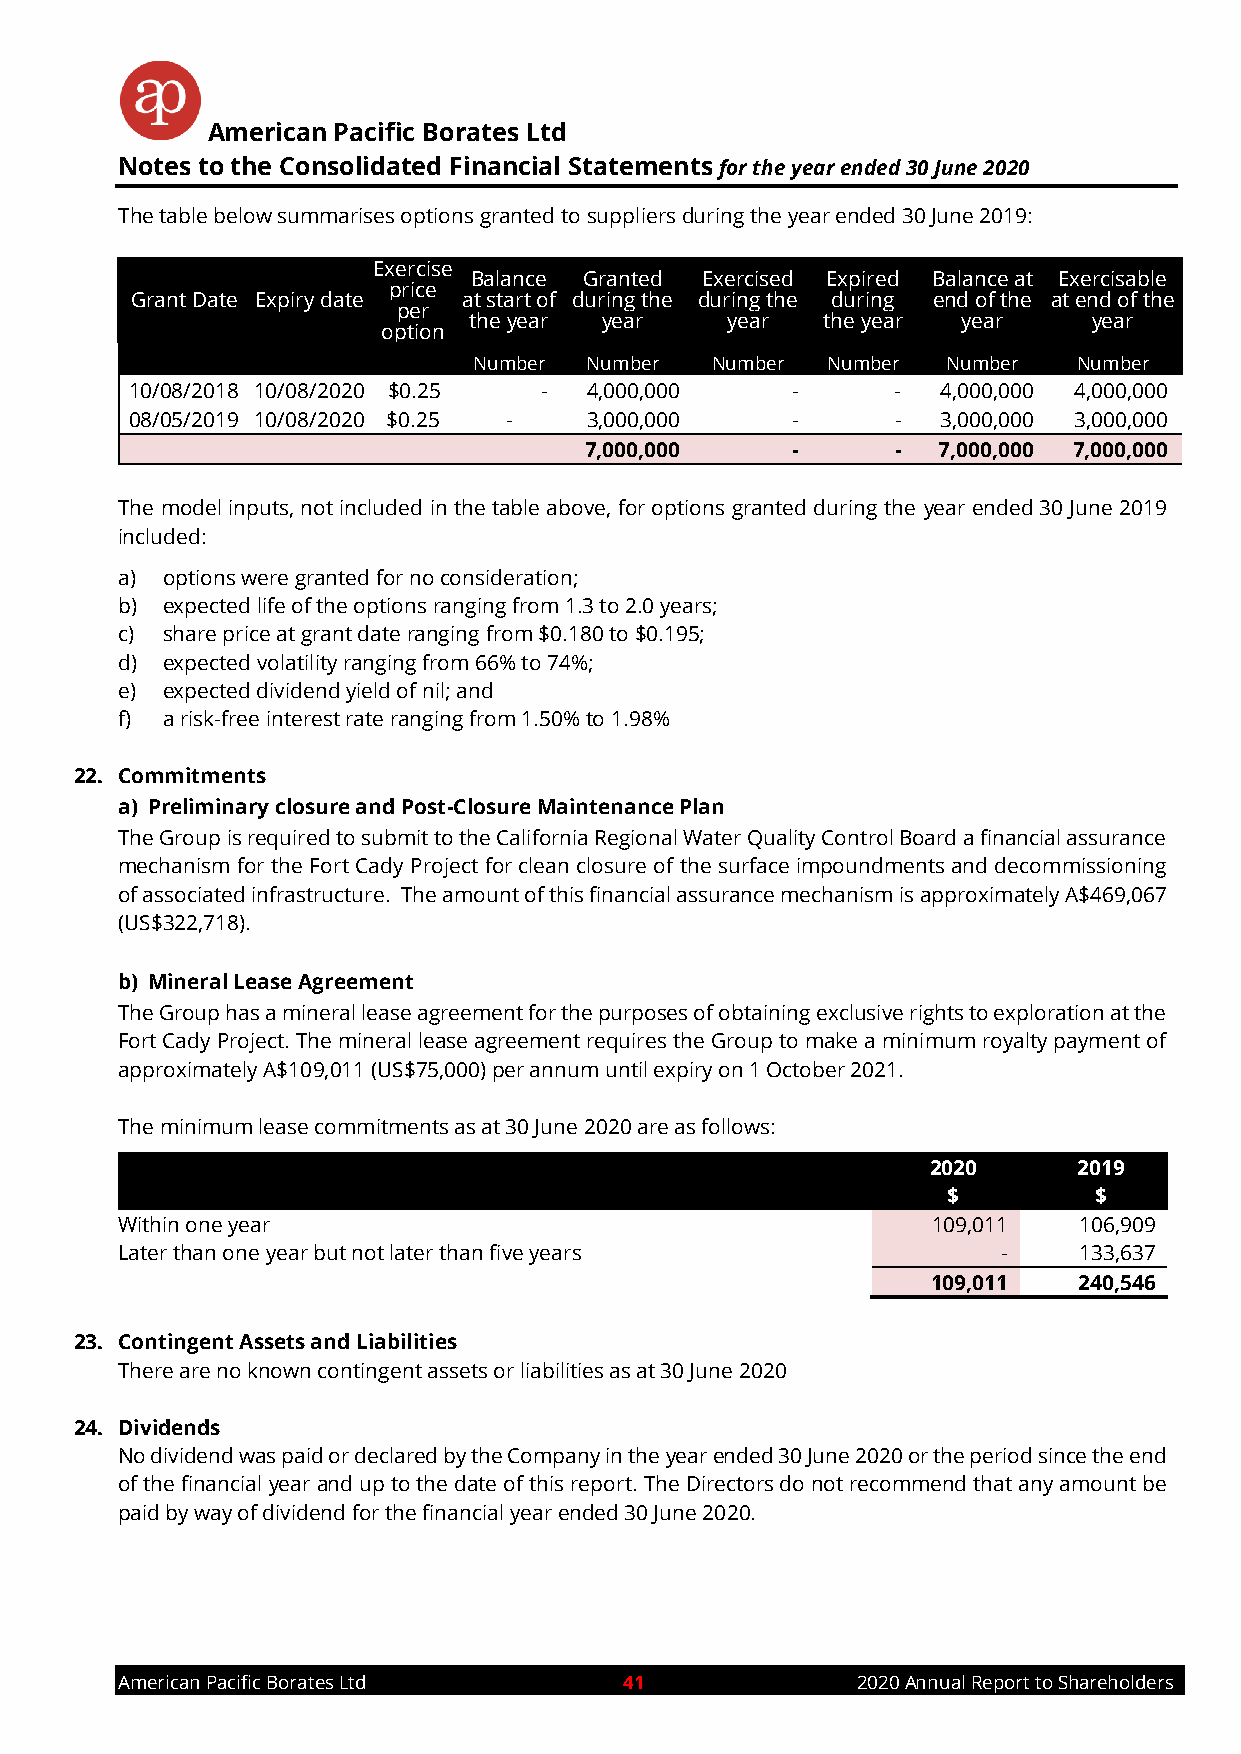
American Pacific Borates Ltd
 Notes to the Consolidated Financial Statements for the year ended 30 June 2020
 The table below summarises options granted to suppliers during the year ended 30 June 2019:
 Exercise
 Balance Granted Exercised Expired Balance at Exercisable
 price
 Grant Date Expiry date at start of during the during the during end of the at end of the
 per
 the year year    year  the year  year    year
 option
 Number  Number  Number  Number  Number  Number
 10/08/2018 10/08/2020 $0.25 - 4,000,000    -      -  4,000,000 4,000,000
 08/05/2019 10/08/2020 $0.25 - 3,000,000    -      -  3,000,000 3,000,000
 7,000,000    -      -  7,000,000 7,000,000
 The model inputs, not included in the table above, for options granted during the year ended 30 June 2019
 included:
 a) options were granted for no consideration;
 b) expected life of the options ranging from 1.3 to 2.0 years;
 c) share price at grant date ranging from $0.180 to $0.195;
 d) expected volatility ranging from 66% to 74%;
 e) expected dividend yield of nil; and
 f) a risk-free interest rate ranging from 1.50% to 1.98%
 22. Commitments
 a) Preliminary closure and Post-Closure Maintenance Plan
 The Group is required to submit to the California Regional Water Quality Control Board a financial assurance
 mechanism for the Fort Cady Project for clean closure of the surface impoundments and decommissioning
 of associated infrastructure. The amount of this financial assurance mechanism is approximately A$469,067
 (US$322,718).
 b) Mineral Lease Agreement
 The Group has a mineral lease agreement for the purposes of obtaining exclusive rights to exploration at the
 Fort Cady Project. The mineral lease agreement requires the Group to make a minimum royalty payment of
 approximately A$109,011 (US$75,000) per annum until expiry on 1 October 2021.
 The minimum lease commitments as at 30 June 2020 are as follows:
 2020     2019
 $        $
 Within one year                                       109,011  106,909
 Later than one year but not later than five years         -    133,637
 109,011  240,546
 23. Contingent Assets and Liabilities
 There are no known contingent assets or liabilities as at 30 June 2020
 24. Dividends
 No dividend was paid or declared by the Company in the year ended 30 June 2020 or the period since the end
 of the financial year and up to the date of this report. The Directors do not recommend that any amount be
 paid by way of dividend for the financial year ended 30 June 2020.
 American Pacific Borates Ltd     41              2020 Annual Report to Shareholders